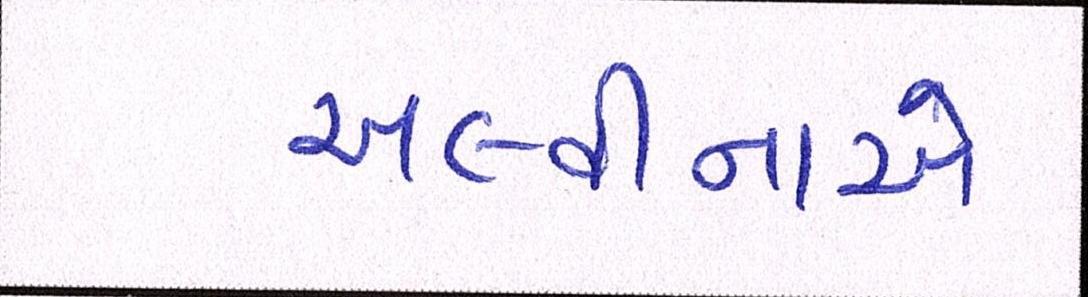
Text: અલ્વીનાએ